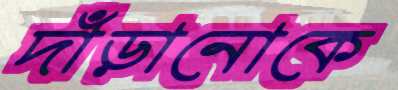
দাঁড়ানোকে